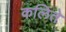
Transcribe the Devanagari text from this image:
कलिते